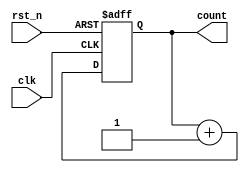
module synchronous_counter (
    input wire clk,          // Clock input
    input wire rst_n,       // Active-low reset
    output reg [3:0] count  // 4-bit counter output
);

// Always block sensitive to the rising edge of the clock and the active-low reset
always @(posedge clk or negedge rst_n) begin
    if (!rst_n) begin
        // Asynchronous reset
        count <= 4'b0000;    // Initialize count to 0
    end else begin
        // Increment the counter on each clock cycle
        count <= count + 1;  // Non-blocking assignment for sequential logic
    end
end

endmodule